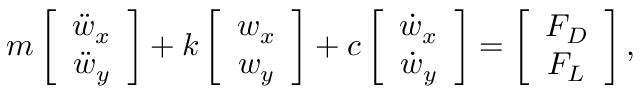
m \left[ \begin{array} { c } { \ddot { w } _ { x } } \\ { \ddot { w } _ { y } } \end{array} \right] + k \left[ \begin{array} { c } { w _ { x } } \\ { w _ { y } } \end{array} \right] + c \left[ \begin{array} { c } { \dot { w } _ { x } } \\ { \dot { w } _ { y } } \end{array} \right] = \left[ \begin{array} { c } { F _ { D } } \\ { F _ { L } } \end{array} \right] ,